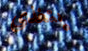
يتغذى